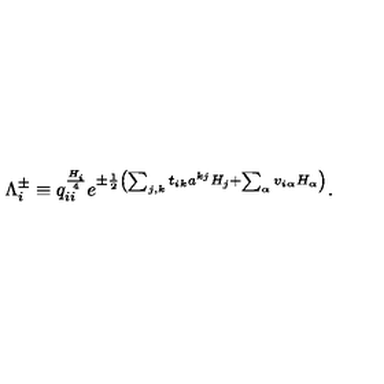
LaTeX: \Lambda _ { i } ^ { \pm } \equiv q _ { i i } ^ { \frac { H _ { i } } { 4 } } e ^ { \pm { \frac { 1 } { 2 } } \left( \sum _ { j , k } t _ { i k } a ^ { k j } H _ { j } + \sum _ { \alpha } v _ { i \alpha } H _ { \alpha } \right) } .